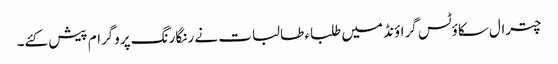
چترال سکاؤٹس گراؤنڈ میں طلباء طالبات نے رنگا رنگ پروگرام پیش کئے۔